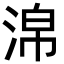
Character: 淿